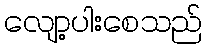
လျော့ပါးစေသည်